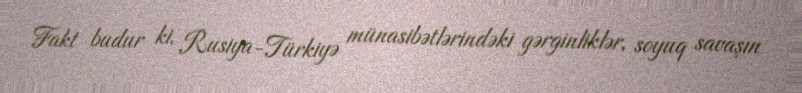
Fakt budur ki, Rusiya-Türkiyə münasibətlərindəki gərginliklər, soyuq savaşın